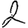
Digit: 2